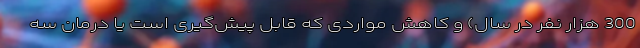
300 هزار نفر در سال) و کاهش مواردی که قابل پیش‌گیری است یا درمان سه